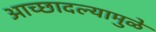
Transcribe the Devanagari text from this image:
आच्छादल्यामुळे